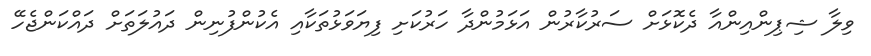
ވިލާ ޝިޕިންއިންއާ ދެކޮޅަށް ސަރުކާރުން އަޅަމުންދާ ހަރުކަށި ފިޔަވަޅުތަކާއި އެކުންފުނިން ދައުލަތަށް ދައްކަންޖެހޭ